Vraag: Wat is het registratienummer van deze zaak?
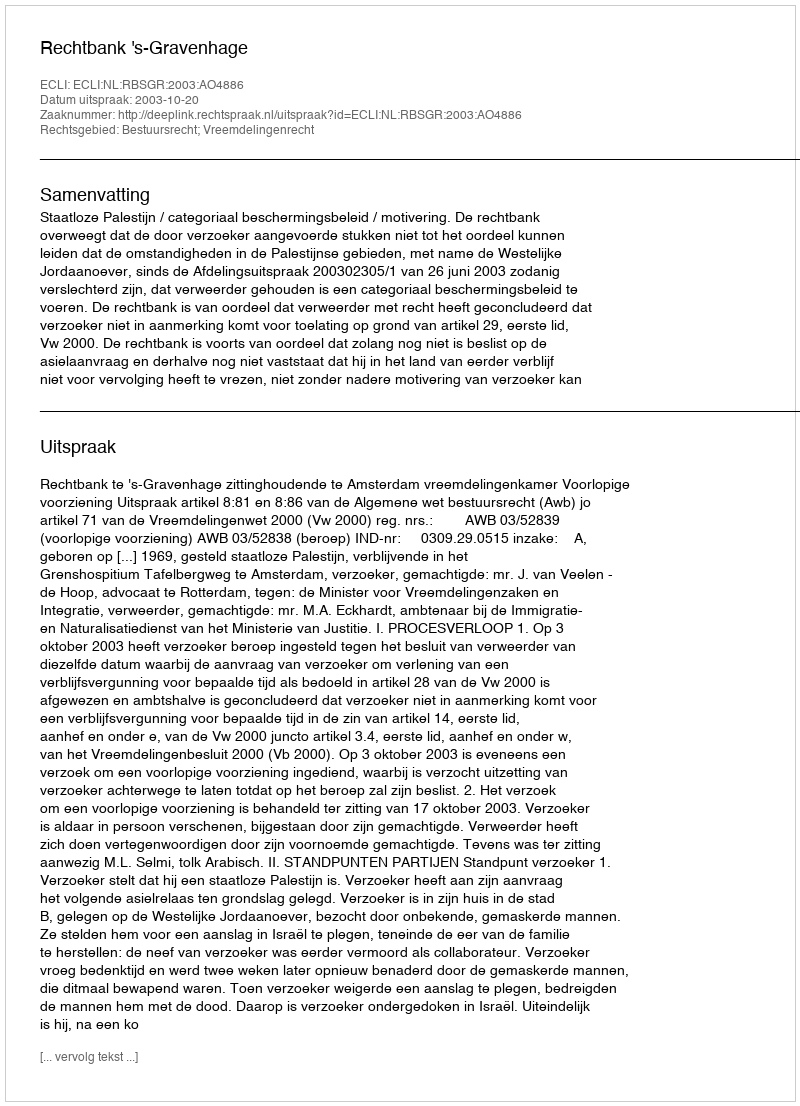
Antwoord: http://deeplink.rechtspraak.nl/uitspraak?id=ECLI:NL:RBSGR:2003:AO4886